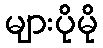
များပိုမို